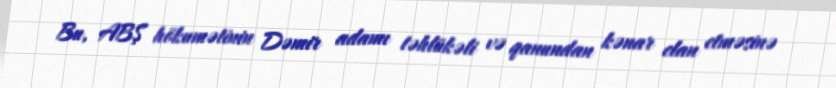
Bu, ABŞ hökumətinin Dəmir adamı təhlükəli və qanundan kənar elan etməsinə